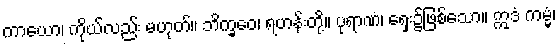
ကာယော၊ ကိုယ်လည်း မဟုတ်။ ဘိက္ခဝေ၊ ရဟန်းတို့။ ပုရာဏံ၊ ရှေး၌ဖြစ်သော။ ဣဒံ ကမ္မံ၊